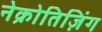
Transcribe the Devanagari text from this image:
नेक्रोतिज़िंग